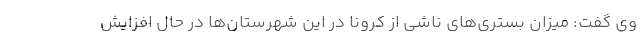
وی گفت: میزان بستری‌های ناشی از کرونا در این شهرستان‌ها در حال افزایش